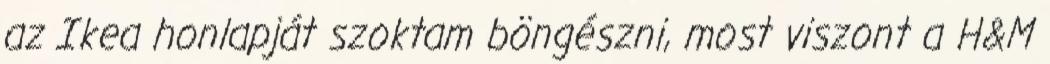
az Ikea honlapját szoktam böngészni, most viszont a H&M